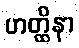
ဟတ္ထိနာ